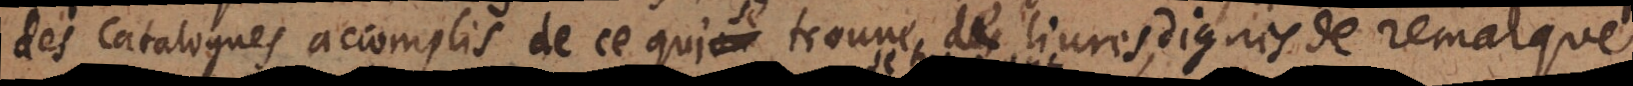
des catalogues accomplis de ce qui se trouve de livres en a